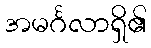
အမင်္ဂလာရှိ၏